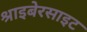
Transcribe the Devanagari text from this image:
श्राइबेरसाइट